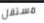
مستقل